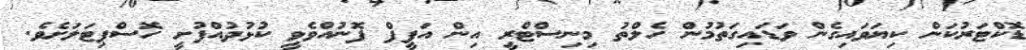
ޑޮކްޓަރުކަން ކިޔަވައިގެން ވަޑައިގަތުމުން ހެލްތު މިނިސްޓްރީ އިން އަފީފް ފޮނުއްވެވީ ކުޅުދުއްފުށީ ހޮސްޕިޓަލަށެވެ.